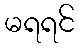
မရရင်